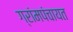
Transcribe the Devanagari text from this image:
ग्रांमपंचायत